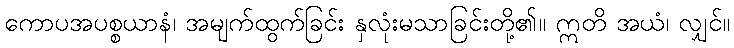
ကောပအပစ္စယာနံ၊ အမျက်ထွက်ခြင်း နှလုံးမသာခြင်းတို့၏။ ဣတိ အယံ၊ လျှင်။